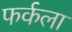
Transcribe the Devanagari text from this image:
फर्कला